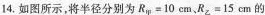
14.如图所示，将半径分别为Rm=10cm，RZ=15cm的